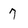
Character: 7